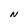
Character: N